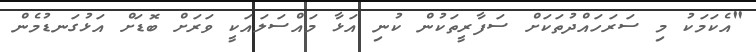
"އެކަމަކު މި ސަރަހައްދުތަކަށް ސަފާރީތަކުން ކުނި އަޅާ މައްސަލައަކީ ވަރަށް ބޮޑަށް އަޅުގަނޑުމެން